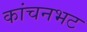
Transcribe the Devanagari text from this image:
कांचनभट